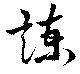
諫